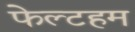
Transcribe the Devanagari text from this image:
फेल्टहम